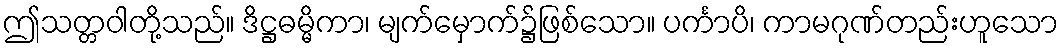
ဤသတ္တဝါတို့သည်။ ဒိဋ္ဌဓမ္မိကာ၊ မျက်မှောက်၌ဖြစ်သော။ ပင်္ကာပိ၊ ကာမဂုဏ်တည်းဟူသော